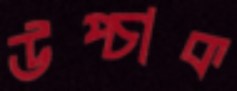
উপ্‌চাক